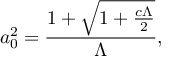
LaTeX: a _ { 0 } ^ { 2 } = \frac { 1 + \sqrt { 1 + \frac { c \Lambda } { 2 } } } { { \Lambda } } ,